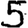
Digit: 5